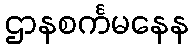
ဌာနစင်္ကမနေန